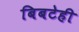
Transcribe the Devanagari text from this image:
बिबटेही